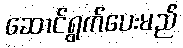
ဆောင်ရွက်ပေးမည်